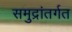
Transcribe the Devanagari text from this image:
समुद्रांतर्गत